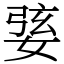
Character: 婱